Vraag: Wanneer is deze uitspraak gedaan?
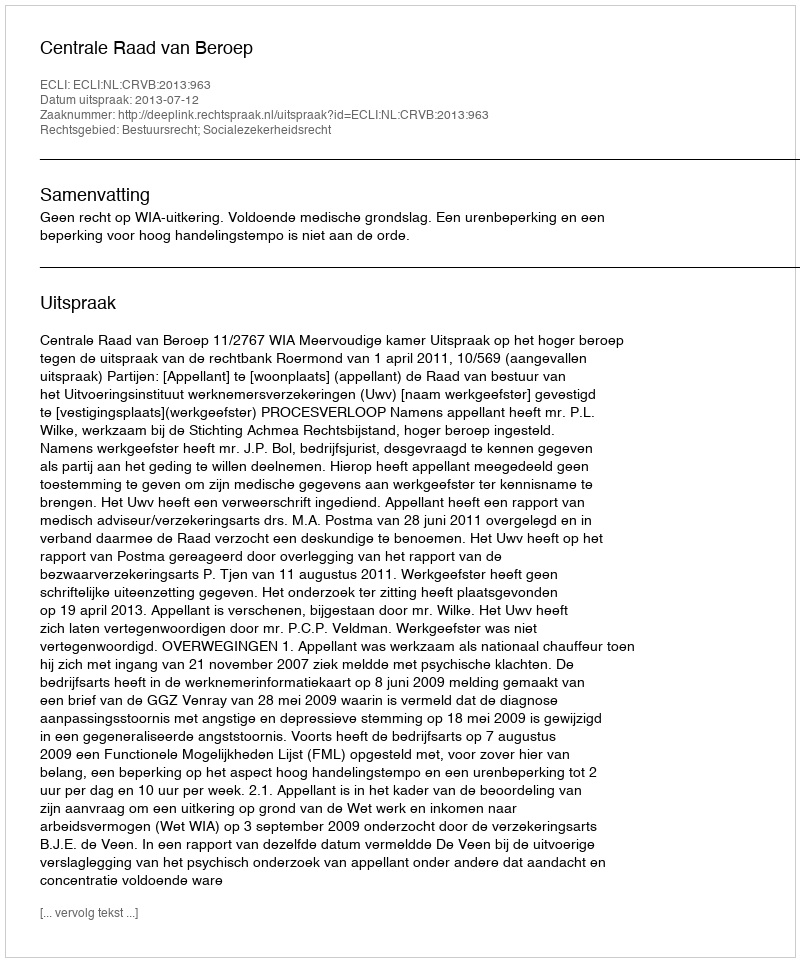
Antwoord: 2013-07-12